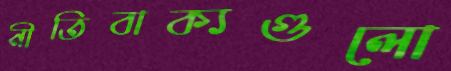
নীতিবাক্যগুলো